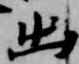
出